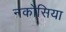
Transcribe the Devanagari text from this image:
नकोसिया